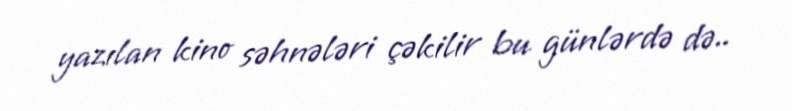
yazılan kino səhnələri çəkilir bu günlərdə də..